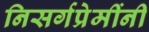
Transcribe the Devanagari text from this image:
निसर्गप्रेमींनी